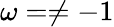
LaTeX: \omega=\ne-1